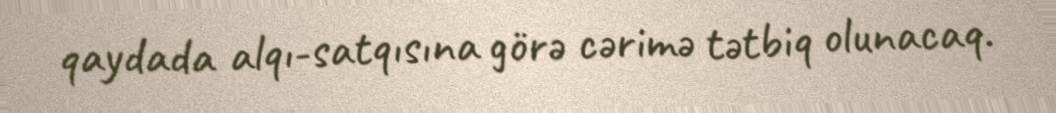
qaydada alqı-satqısına görə cərimə tətbiq olunacaq.